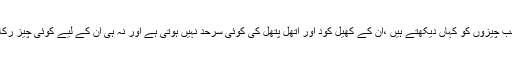
مگر یہ بچے ان سب چیزوں کو کہاں دیکھتے ہیں ،ان کے کھیل کود اور اُتھل پتھل کی کوئی سرحد نہیں ہوتی ہے اور نہ ہی ان کے لیے کوئی چیز رُکاوٹ بن جاتی ہے ۔